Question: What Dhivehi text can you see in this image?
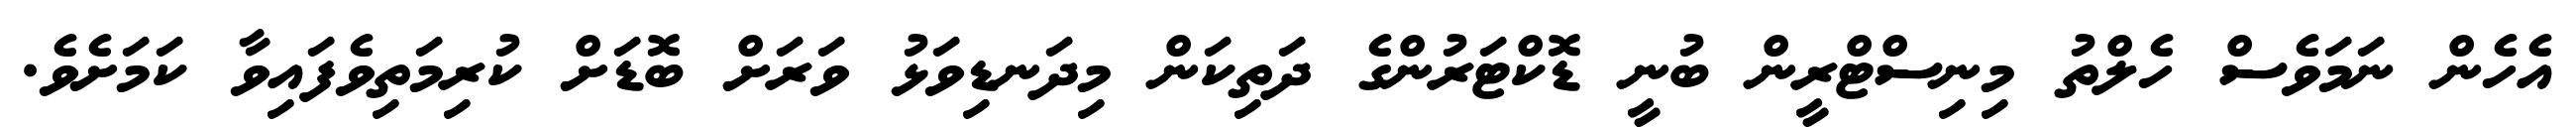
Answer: އެހެން ނަމަވެސް ހެލްތު މިނިސްޓްރީން ބުނީ ޑޮކްޓަރުންގެ ދަތިކަން މިދަނޑިވަޅު ވަރަށް ބޮޑަށް ކުރިމަތިވެފައިވާ ކަމަށެވެ.